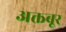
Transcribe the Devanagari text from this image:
अक्तबूर